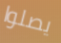
يصلوا